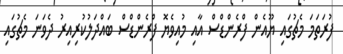
ފުރަތަމަ މެޗުގައި ޔޫއެން ފްރެންޑްސް އާއި މުއިވެޔޮ ފްރެންޑްސް ބައްދަލުކުރިއިރު ދެވަނަ މެޗުގައި